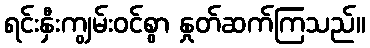
ရင်းနှီးကျွမ်းဝင်စွာ နှုတ်ဆက်ကြသည်။